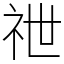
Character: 䄁